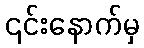
၎င်းနောက်မှ